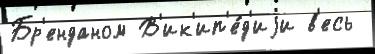
Бр'енданом В'ик'ип'е́д'иjи в'есь